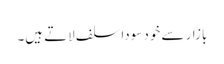
بازار سے خود سودا سلف لاتے ہیں۔